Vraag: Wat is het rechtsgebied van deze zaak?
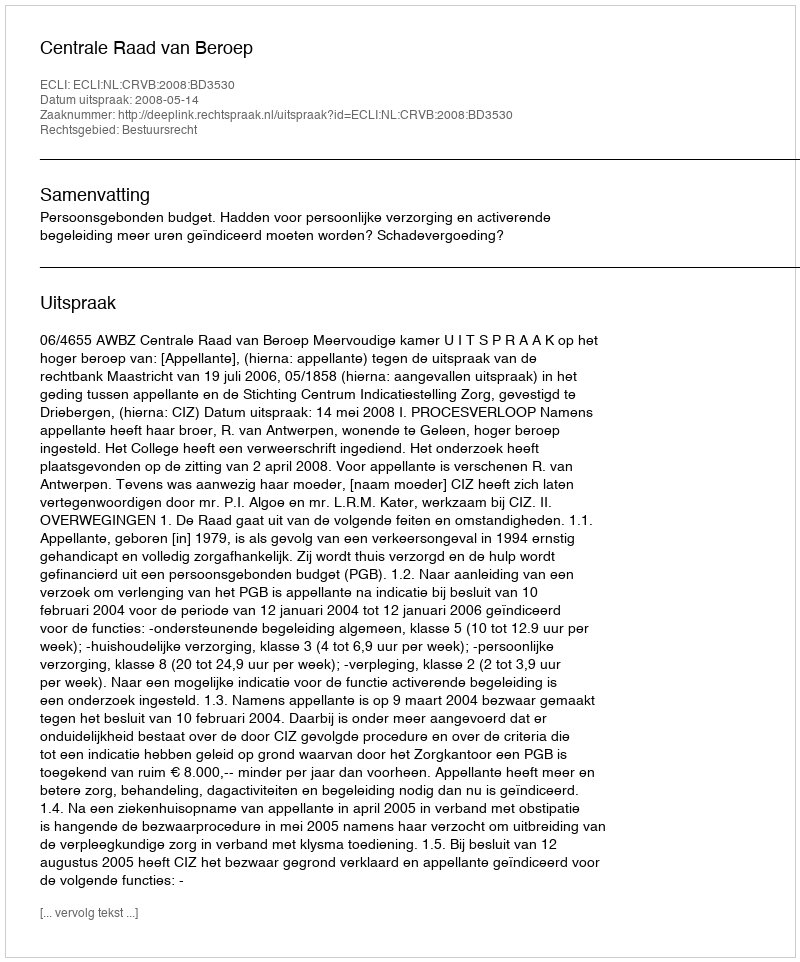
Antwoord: Bestuursrecht